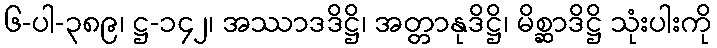
၆-ပါ-၃၈၉၊ ဋ္ဌ-၁၄၂၊ အဿာဒဒိဋ္ဌိ၊ အတ္တာနုဒိဋ္ဌိ၊ မိစ္ဆာဒိဋ္ဌိ သုံးပါးကို